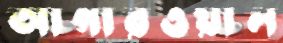
আগারওয়াল